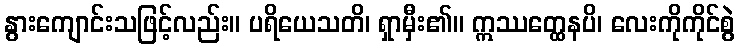
နွားကျောင်းသဖြင့်လည်း။ ပရိယေသတိ၊ ရှာမှီး၏။ ဣဿတ္ထေနပိ၊ လေးကိုကိုင်စွဲ